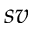
s v